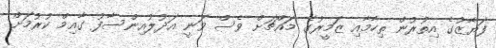
ފަޔާޒުގެ އިތުރުން ތިހާމާއި ޒަމީރުގެ މައްޗަށް ވެސް ވަނީ އަދުލުއިންސާފު ގާއިމް ކުރުމަށް